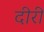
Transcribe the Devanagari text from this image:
दीरी